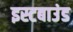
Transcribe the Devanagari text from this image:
इस्टबाउंड